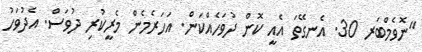
"ނޮވެމްބަރ 30. އެނގޭތަ އެއީ ކޮން ދުވަހެއްކަން. އަހަރެމެން މެރީކުރި ދުވަސް. އެދުވަހު